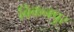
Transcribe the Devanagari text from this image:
बिकनपुर